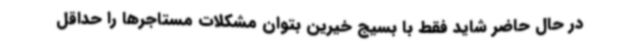
در حال حاضر شاید فقط با بسیج خیرین بتوان مشکلات مستاجرها را حداقل